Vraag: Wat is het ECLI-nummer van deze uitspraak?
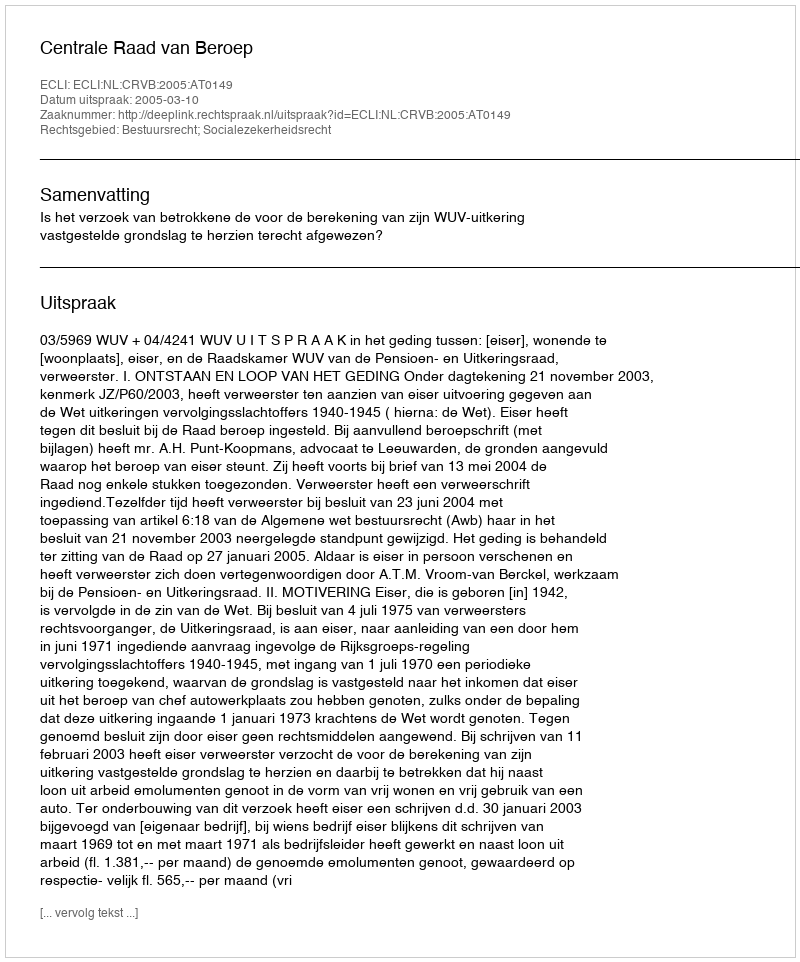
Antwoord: ECLI:NL:CRVB:2005:AT0149